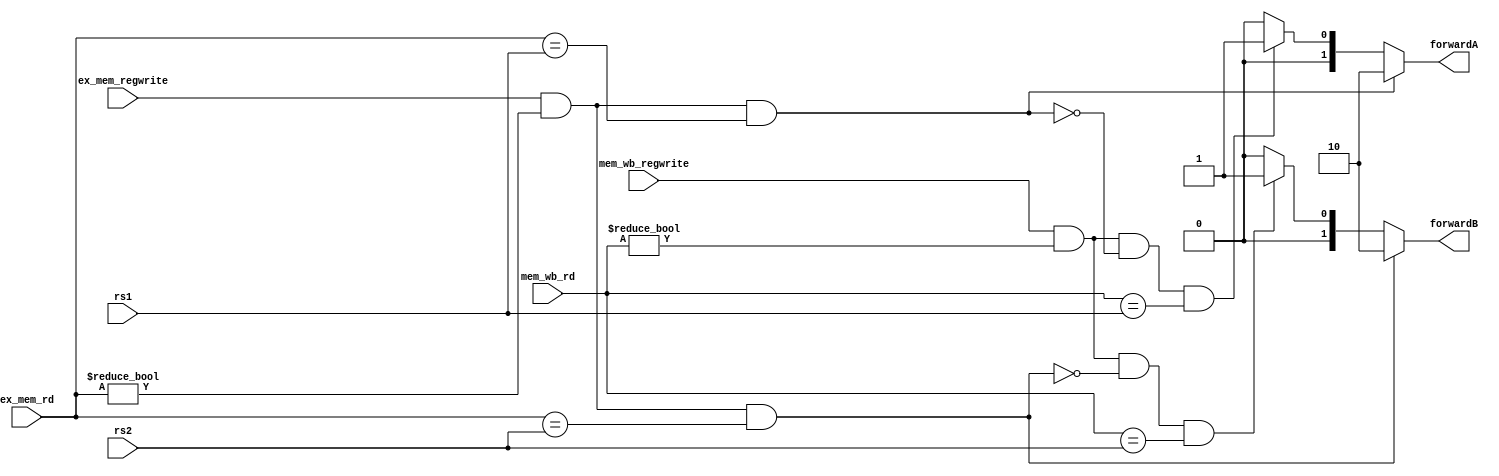
`timescale 1ns / 1ps
//////////////////////////////////////////////////////////////////////////////////
// Company: 
// Engineer: 
// 
// Design Name: 
// Module Name: forwarding
// Project Name: 
// Target Devices: 
// Tool Versions: 
// Description: 
// 
// Dependencies: 
// 
// Revision:
// Revision 0.01 - File Created
// Additional Comments:
// 
//////////////////////////////////////////////////////////////////////////////////


module forwarding(input [4:0] rs1,          // adresa registrului sursa 1 in etapa EX
                  input [4:0] rs2,          // adresa registrului sursa 2 in etapa EX
                  input [4:0] ex_mem_rd,    // adresa registrului destinatie in etapa MEM
                  input [4:0] mem_wb_rd,    // adresa registrului destinatie in etapa WB
                  input ex_mem_regwrite,    // semnalul de control RegWrite in etapa MEM
                  input mem_wb_regwrite,    // semnalul de control RegWrite in etapa WB
                  output reg [1:0] forwardA, forwardB); // semnalele de selectie a multiplexoarelor
                                                       // ce vor alege valoarea ce trebuie bypassata
                                                       

    always@(*)
    begin
        if (ex_mem_regwrite && (ex_mem_rd != 5'b0) && (ex_mem_rd == rs1))  // hazard in stagiul EX
        begin
            forwardA = 2'b10;
        end
        
        else if (mem_wb_regwrite && (mem_wb_rd != 5'b0) &&                // hazard in stagiul MEM
           ~(ex_mem_regwrite && (ex_mem_rd != 5'b0) && (ex_mem_rd == rs1)) &&
           (mem_wb_rd == rs1))
            begin
            forwardA = 2'b01;    
            end
            
        else begin
            forwardA = 2'b00;
        end
        
        
        if (ex_mem_regwrite && (ex_mem_rd != 5'b0) && (ex_mem_rd == rs2))  // hazard in stagiul EX
        begin
            forwardB = 2'b10;
        end
        
        else if (mem_wb_regwrite && (mem_wb_rd != 5'b0) &&                 // hazard in stagiul MEM
           ~(ex_mem_regwrite && (ex_mem_rd != 5'b0) && (ex_mem_rd == rs2)) &&
           (mem_wb_rd == rs2))
        begin
            forwardB = 2'b01;    
        end
        
        else begin
            forwardB = 2'b00;
        end
    end
endmodule